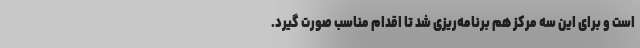
است و برای این سه مرکز هم برنامه‌ریزی شد تا اقدام مناسب صورت گیرد.